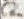
Text: C2